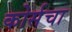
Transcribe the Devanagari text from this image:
कोर्सचा